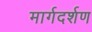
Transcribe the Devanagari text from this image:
मार्गदर्शण